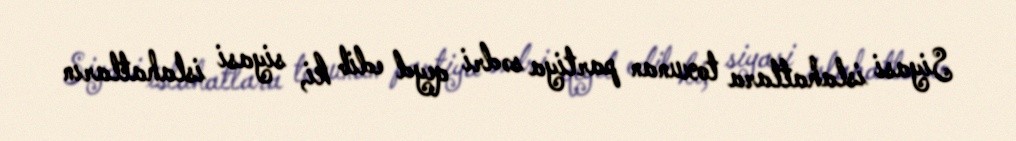
Siyasi islahatlara toxunan partiya sədri qeyd edib ki, siyasi islahatların